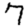
Digit: 7